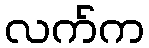
လက်က